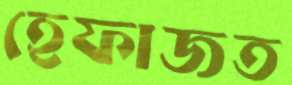
হেফাজত